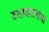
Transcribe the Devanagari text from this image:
दशावतारांचा